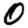
Digit: 0